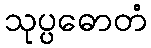
သုပ္ပဓောတံ